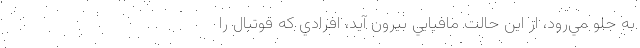
به جلو مي‌رود، از اين حالت مافيايي بيرون آيد، افرادي كه فوتبال را